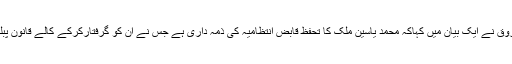
حریت فورم کے چیئرمین میرواعظ عمرفاروق نے ایک بیان میں کہاکہ محمد یاسین ملک کا تحفظ قابض انتظامیہ کی ذمہ داری ہے جس نے ان کو گرفتارکرکے کالے قانون پبلک سیفٹی ایکٹ کے تحت جیل بھیج دیا تھا۔